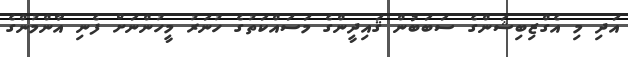
އަދި މި އެގްޒިބިޝަންގެ ސަބަބުން ޤައިދީންގެ މަސައްކަތުގެ ހުނަރު މީހުންނަށް ފެނި އާންމުންގެ